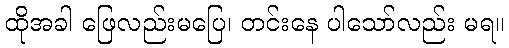
ထိုအခါ ဖြေလည်းမပြေ၊ တင်းနေ ပါသော်လည်း မရ။